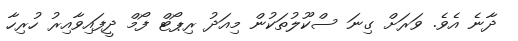
ދާނެ އެވެ. ވަރަށް ގިނަ ސްކޫލުތަކުން މިއަދު ރިޕޯޓް ފޯމް ދީފައިވާއިރު ހުރިހާ